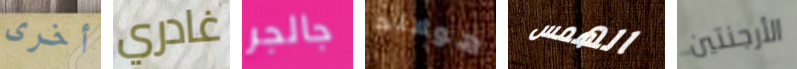
أخرى غادري جالجر هولاند الهمس الأرجنتين